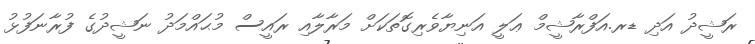
ރަޝީދު އަދި ޑރ.އަފްރާޝީމް ޢަލީ އަނިޔާވެރިގޮތަކަށް މަރާލާއި ރައީސް މުޙައްމަދު ނަޝީދުގެ ފުރާނަފުޅު